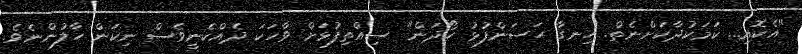
"އެކޮއި... ކަމަކުދާކަށްނެތް. ހިނގާ ހަސަންފުޅު ހޯދަން" ސިއްތިފުޅަށް ވާހަކަ ދެއްކެނީވެސް ނިކަން ހާލުންނެވެ.